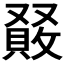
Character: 𠮆